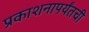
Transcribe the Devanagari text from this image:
प्रकाशनापर्यंतची